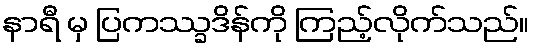
နာရီ မှ ပြကဿ္ခဒိန်ကို ကြည့်လိုက်သည်။